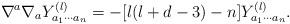
LaTeX: \begin{align*}\nabla^a \nabla_a Y^{(l)}_{a_1 \cdots a_n} = -[l(l+d-3)-n] Y^{(l)}_{a_1 \cdots a_n}. \end{align*}